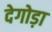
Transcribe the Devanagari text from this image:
देगोड़ा